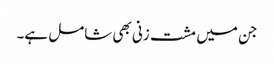
جن میں مشت زنی بھی شامل ہے۔